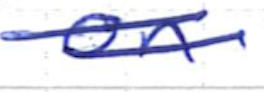
Text: on
Cross-out: double-line
Writing tool: ballpoint